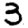
Digit: 3